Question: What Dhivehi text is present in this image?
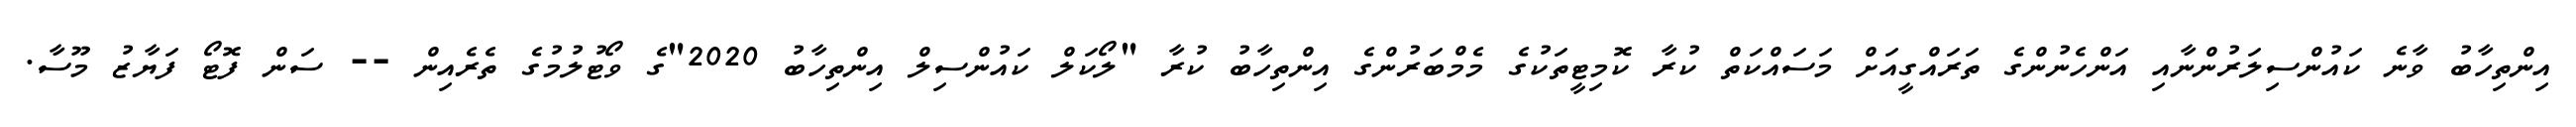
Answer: އިންތިހާބު ވާނެ ކައުންސިލަރުންނާއި އަންހެނުންގެ ތަރައްގީއަށް މަސައްކަތް ކުރާ ކޮމިޓީތަކުގެ މެމްބަރުންގެ އިންތިހާބު ކުރާ "ލޯކަލް ކައުންސިލް އިންތިހާބު 2020"ގެ ވޯޓުލުމުގެ ތެރެއިން -- ސަން ފޮޓޯ ފަޔާޒު މޫސާ.